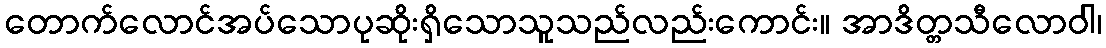
တောက်လောင်အပ်သောပုဆိုးရှိသောသူသည်လည်းကောင်း။ အာဒိတ္တသီလောဝါ၊